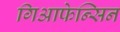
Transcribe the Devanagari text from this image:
गिआफेन्सिन